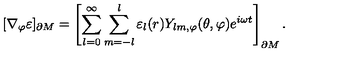
[ \nabla _ { \varphi } \varepsilon ] _ { \partial M } = \left[ \sum _ { l = 0 } ^ { \infty } \sum _ { m = - l } ^ { l } \varepsilon _ { l } ( r ) Y _ { l m , \varphi } ( \theta , \varphi ) e ^ { i \omega t } \right] _ { \partial M } .